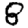
Digit: 8